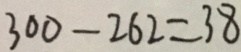
3 0 0 - 2 6 2 = 3 8